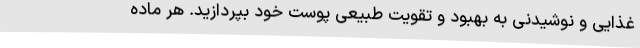
غذایی و نوشیدنی به بهبود و تقویت طبیعی پوست خود بپردازید. هر ماده